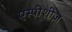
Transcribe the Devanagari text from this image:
एस्पीशीज़